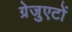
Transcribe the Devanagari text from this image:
ग्रेजुएटों